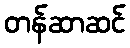
တန်ဆာဆင်